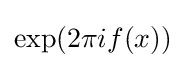
{\text{exp}}(2\pi if(x))